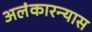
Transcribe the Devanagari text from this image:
अलंकारन्यास